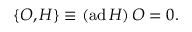
\{ { \cal O } , H \} \equiv ( \mathrm { a d } \, H ) \, { \cal O } = 0 .